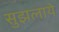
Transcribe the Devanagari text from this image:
सुझलाये